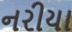
નરીયા